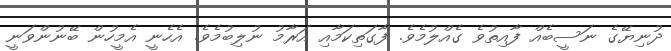
ދުނިޔޭގެ ނަސީބެއް ފާއިތުވެ ގެއްލުމެވެ. ފާގަތިކަމާއި އަރާމު ނުލިބުމެވެ. އެހެނީ އެމީހުން ބޭނުންވަނީ